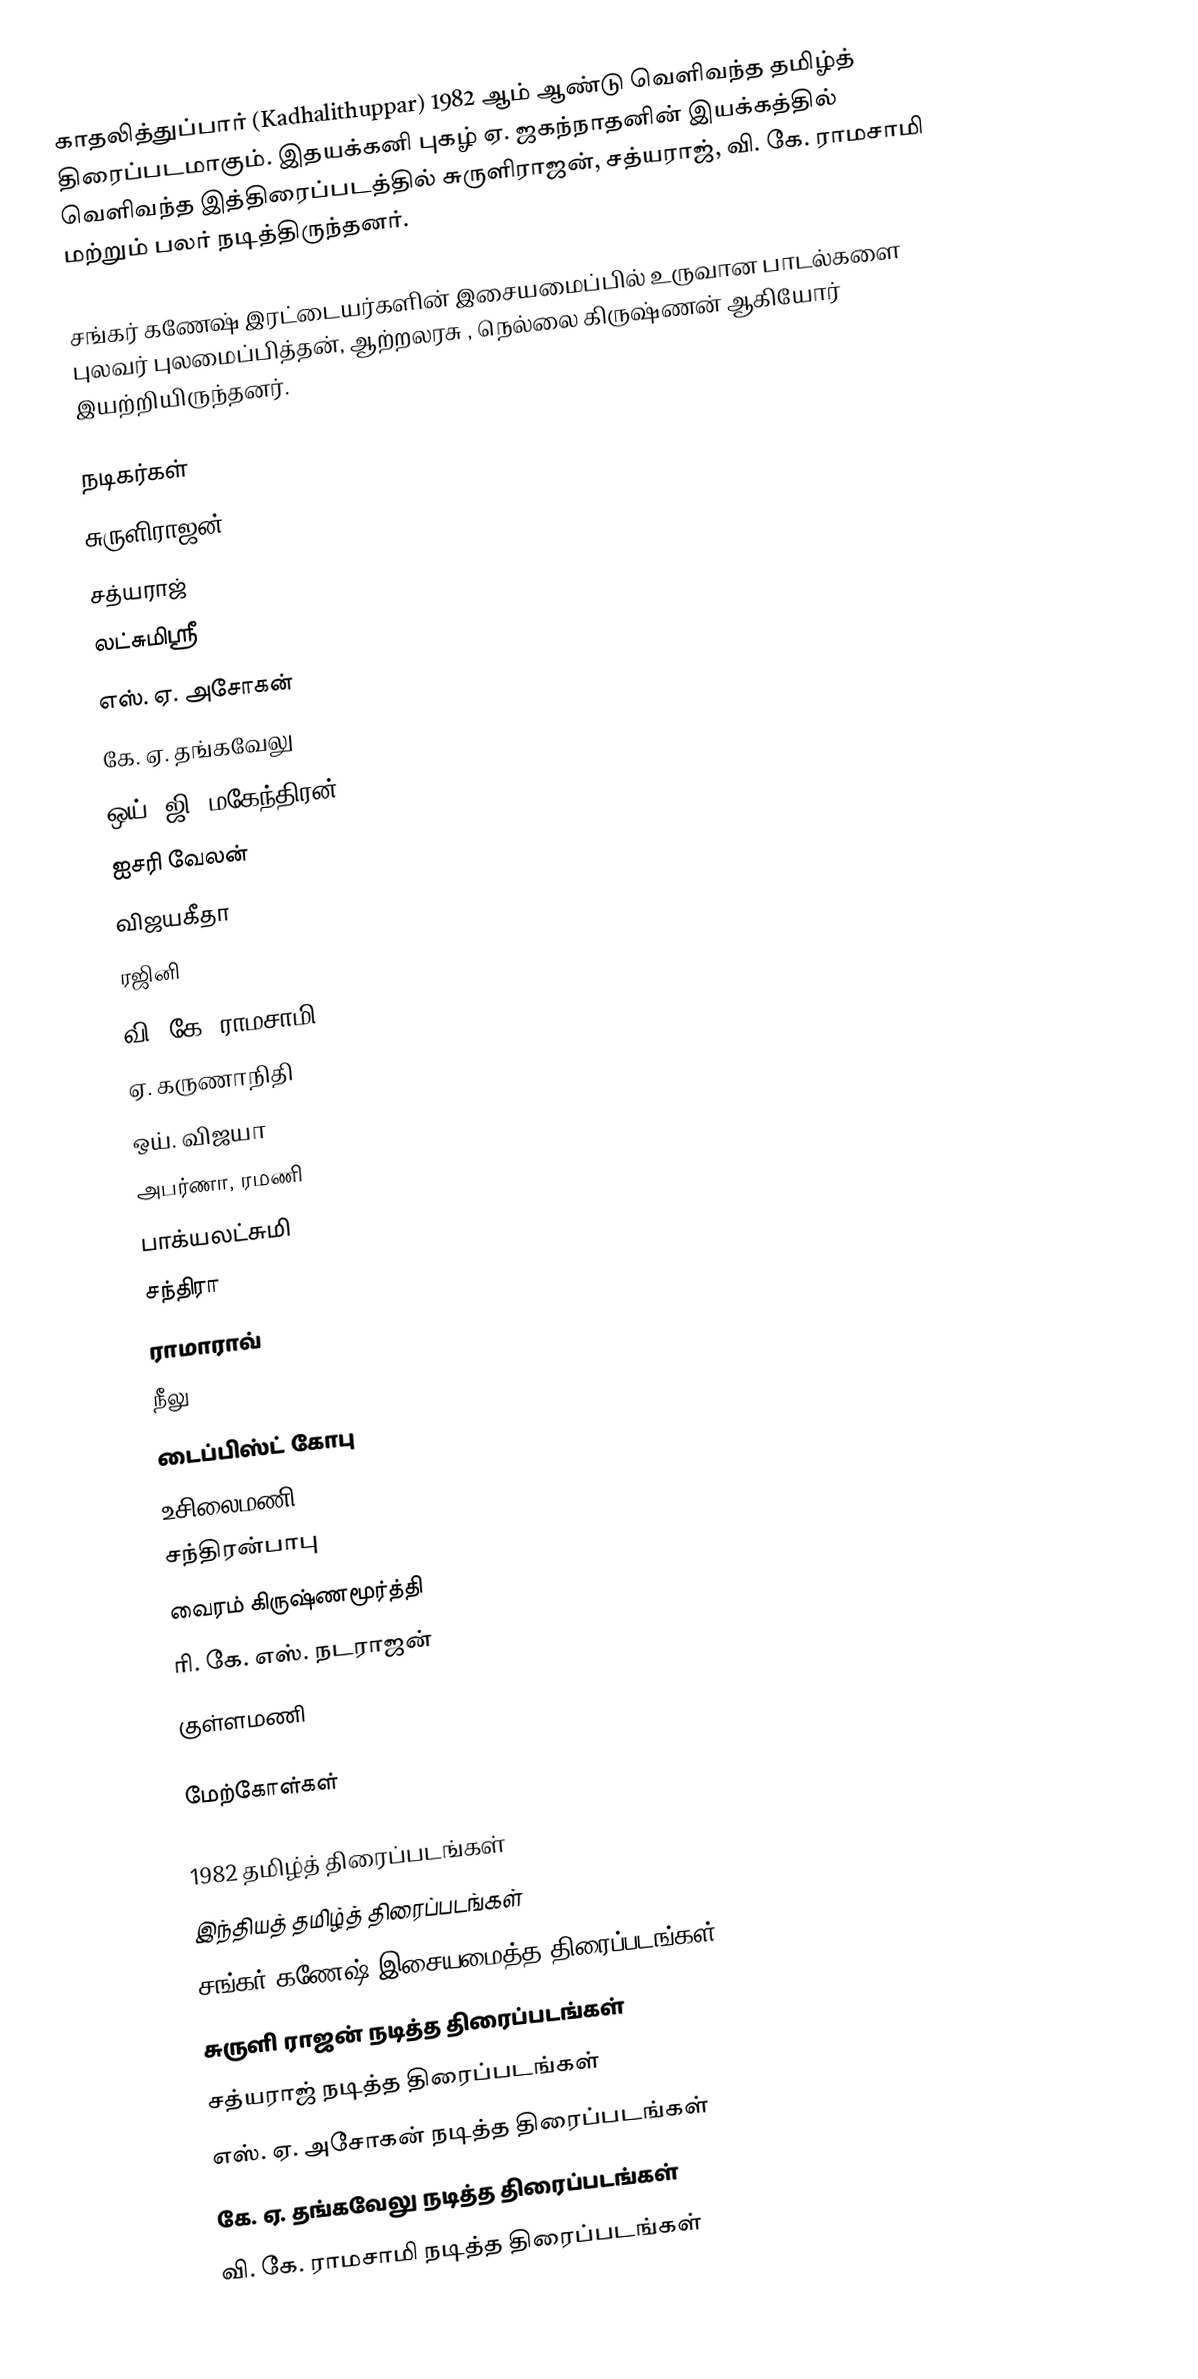
காதலித்துப்பார் (Kadhalithuppar) 1982 ஆம் ஆண்டு வெளிவந்த தமிழ்த் திரைப்படமாகும். இதயக்கனி  புகழ் ஏ. ஜகந்நாதனின் இயக்கத்தில் வெளிவந்த இத்திரைப்படத்தில் சுருளிராஜன், சத்யராஜ், வி. கே. ராமசாமி மற்றும் பலர் நடித்திருந்தனர்.

சங்கர் கணேஷ் இரட்டையர்களின் இசையமைப்பில் உருவான பாடல்களை புலவர் புலமைப்பித்தன், ஆற்றலரசு , நெல்லை கிருஷ்ணன் ஆகியோர் இயற்றியிருந்தனர்.

நடிகர்கள்
 சுருளிராஜன்
 சத்யராஜ்
 லட்சுமிஸ்ரீ
 எஸ். ஏ. அசோகன்
 கே. ஏ. தங்கவேலு
 ஒய். ஜி. மகேந்திரன்
 ஐசரி வேலன்
 விஜயகீதா
 ரஜினி
 வி. கே. ராமசாமி
 ஏ. கருணாநிதி
 ஒய். விஜயா
 அபர்ணா, ரமணி
 பாக்யலட்சுமி
 சந்திரா
 ராமாராவ்
 நீலு
 டைப்பிஸ்ட் கோபு
 உசிலைமணி
 சந்திரன்பாபு
 வைரம் கிருஷ்ணமூர்த்தி
 ரி. கே. எஸ். நடராஜன்
 குள்ளமணி

மேற்கோள்கள்

1982 தமிழ்த் திரைப்படங்கள்
இந்தியத் தமிழ்த் திரைப்படங்கள்
சங்கர் கணேஷ் இசையமைத்த திரைப்படங்கள்
சுருளி ராஜன் நடித்த திரைப்படங்கள்
சத்யராஜ் நடித்த திரைப்படங்கள்
எஸ். ஏ. அசோகன் நடித்த திரைப்படங்கள்
கே. ஏ. தங்கவேலு நடித்த திரைப்படங்கள்
வி. கே. ராமசாமி நடித்த திரைப்படங்கள்